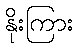
နိုးကြား